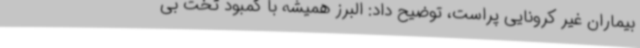
بیماران غیر کرونایی پراست، توضیح داد: البرز همیشه با کمبود تخت بی